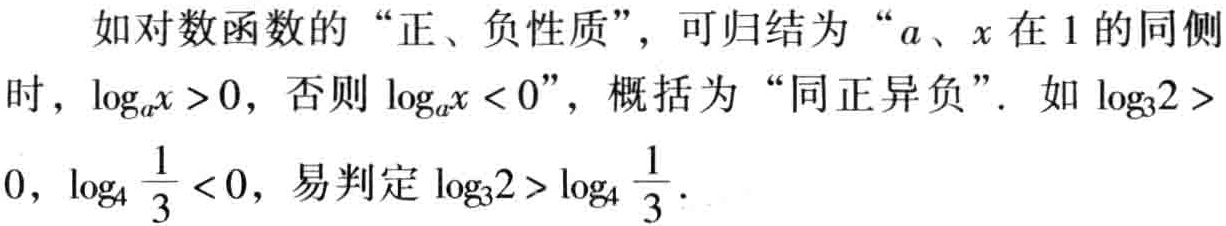
如对数函数的 “正、负性质”，可归结为 “\(a\)、\(x\) 在 \(1\) 的同侧时，\(\log_{a}x > 0\)，否则 \(\log_{a}x < 0\)”，概括为 “同正异负”。如 \(\log_{3}2 > 0\)，\(\log_{4} \frac{1}{3} < 0\)，易判定 \(\log_{3}2 > \log_{4} \frac{1}{3}\)。